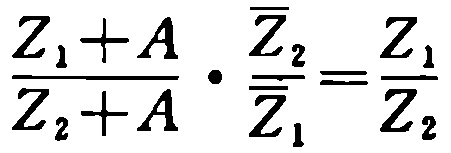
\frac{Z_{1}+A}{Z_{2}+A}\cdot\frac{\overline{Z}_{2}}{\overline{Z}_{1}}=\frac{Z_{1}}{Z_{2}}